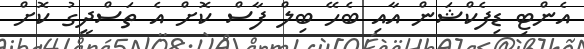
އެންޓި ޑިފެކްޝަން އާއި ބެހޭ ބިލް ފާސް ކޮށް އެ ތަސްދީގު ކޮށް